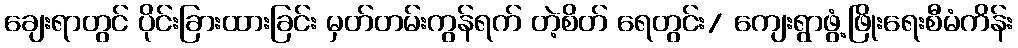
ချေးရာတွင် ပိုင်းခြားထားခြင်း မှတ်တမ်းကွန်ရက် တဲ့စိတ် ရေတွင်း/ ကျေးရွာဖွံ့ဖြိုးရေးစီမံကိန်း